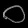
Digit: ၀